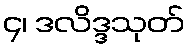
၄၊ ဒလိဒ္ဒသုတ်